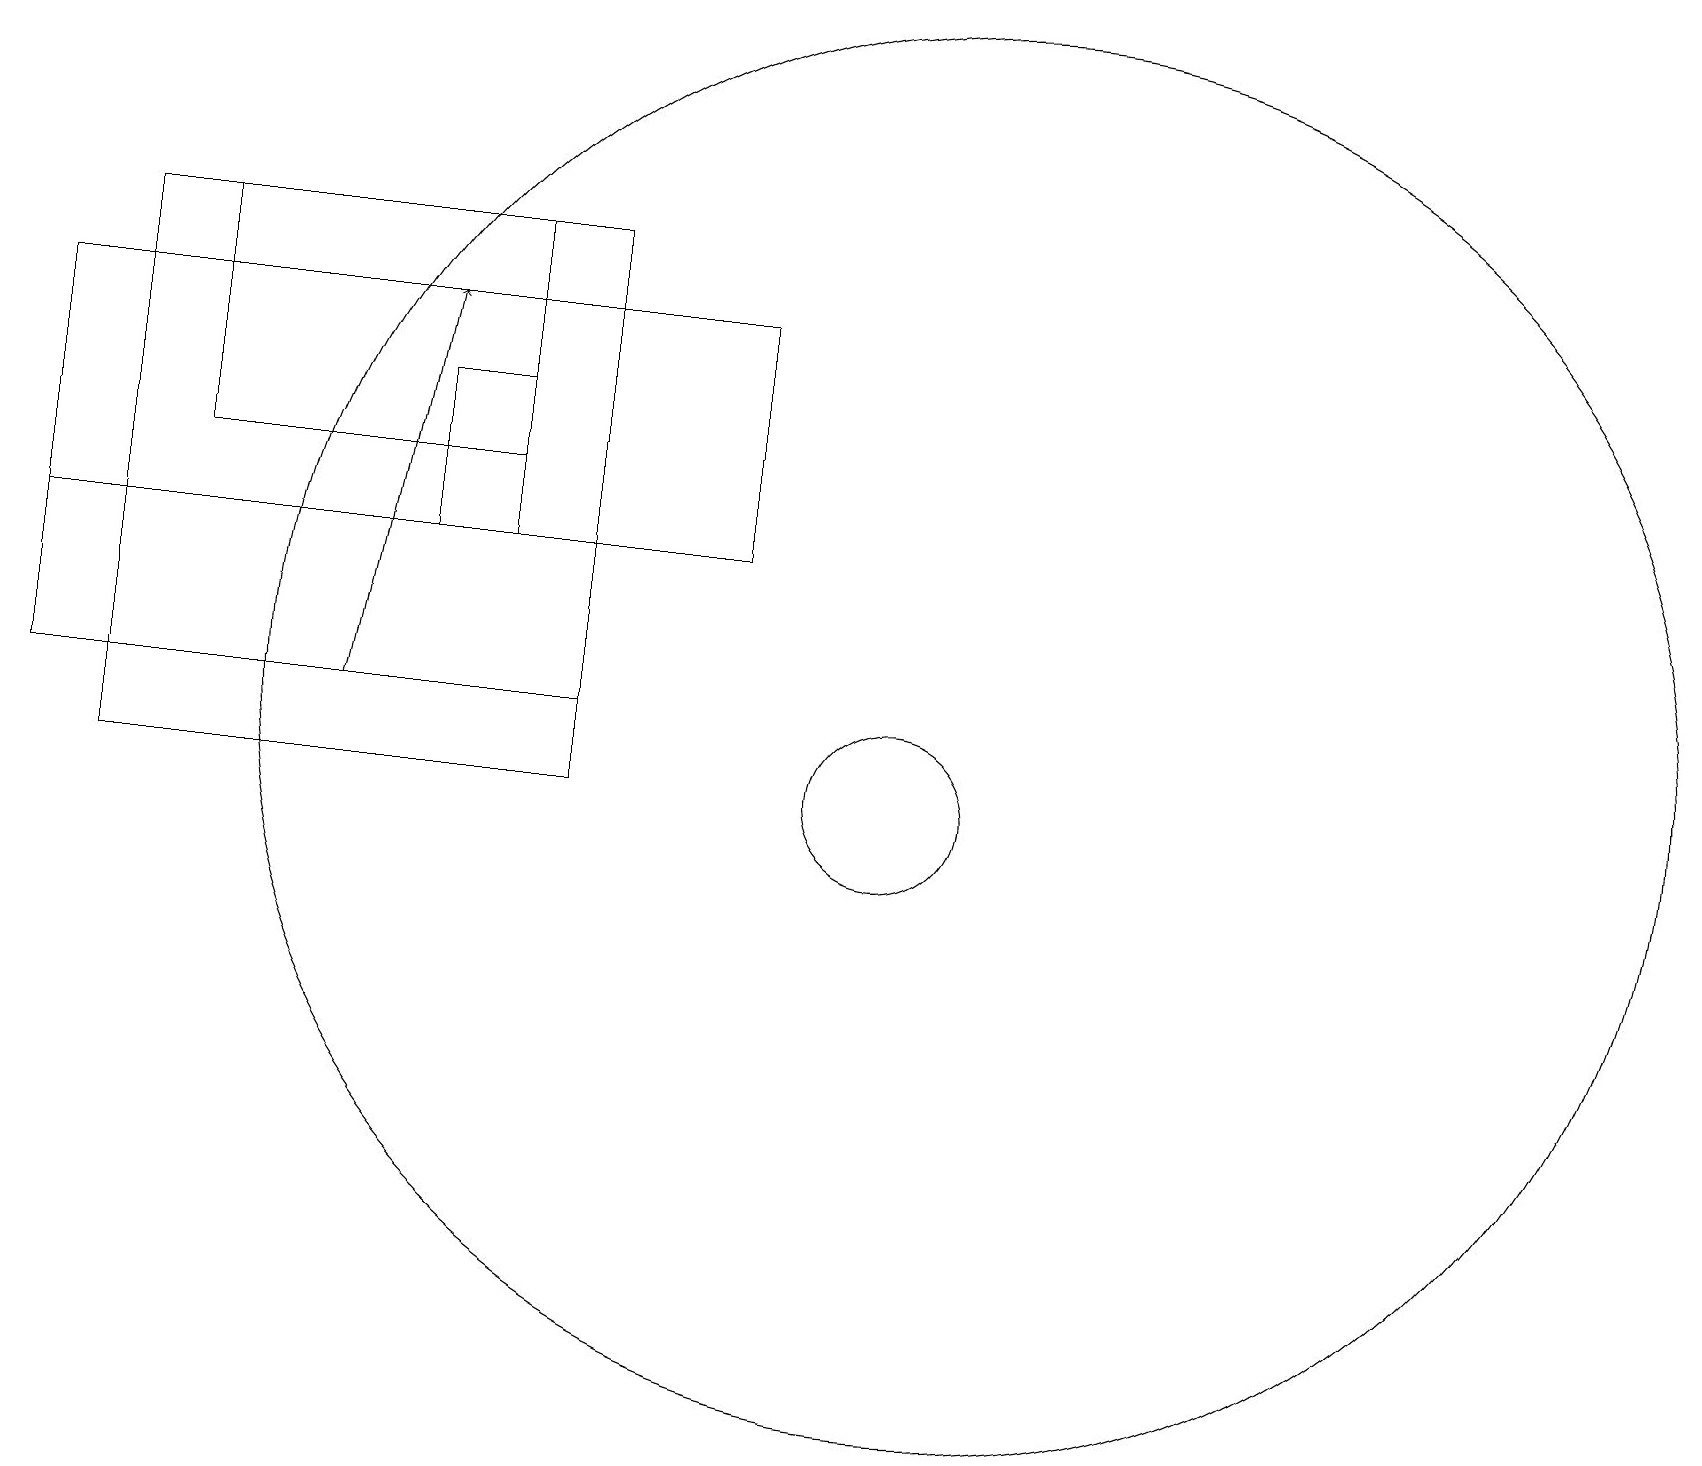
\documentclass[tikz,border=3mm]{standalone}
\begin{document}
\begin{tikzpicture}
\draw (12,11) circle (9);
\draw (6,14) rectangle (2,17);
\draw[->] (4,11) -- (5,16);
\draw (0,11) rectangle (7,13);
\draw (7,17) rectangle (1,10);
\draw (11,10) circle (1);
\draw (5,15) rectangle (6,13);
\draw (0,13) rectangle (9,16);
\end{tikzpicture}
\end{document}